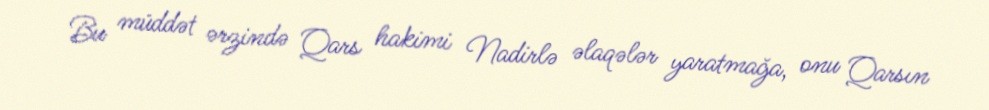
Bu müddət ərzində Qars hakimi Nadirlə əlaqələr yaratmağa, onu Qarsın